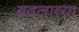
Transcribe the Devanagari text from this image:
बदलाव्या